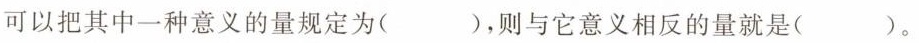
我们可以把其中一种意义的量规定为()，则与它意义相反的量就是()。